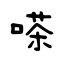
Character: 嗏